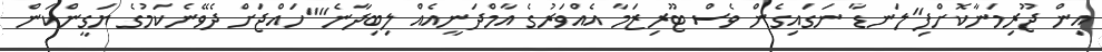
އިން ޖޫރިމަނާކޮށްފި"ލަނޑާ ނަގައިގެން ވެސް ޓޫރިޒަމާ އެއްވަރުގެ އާމްދަނީއެއް ލިބިދާނެ""ހައްޖަށް ދެވޭނެކަމުގެ ޔަގީންކަން